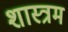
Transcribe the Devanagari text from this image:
शास्त्रम